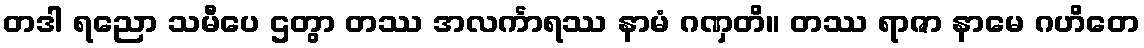
တဒါ ရညော သမီပေ ဌတွာ တဿ အလင်္ကာရဿ နာမံ ဂဏှတိ။ တဿ ရာဇာ နာမေ ဂဟိတေ